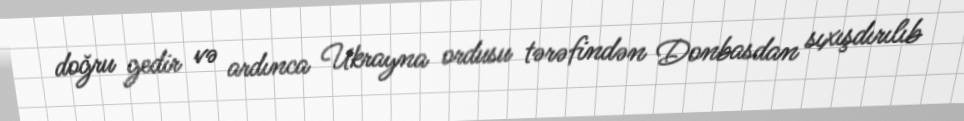
doğru gedir və ardınca Ukrayna ordusu tərəfindən Donbasdan sıxışdırılıb